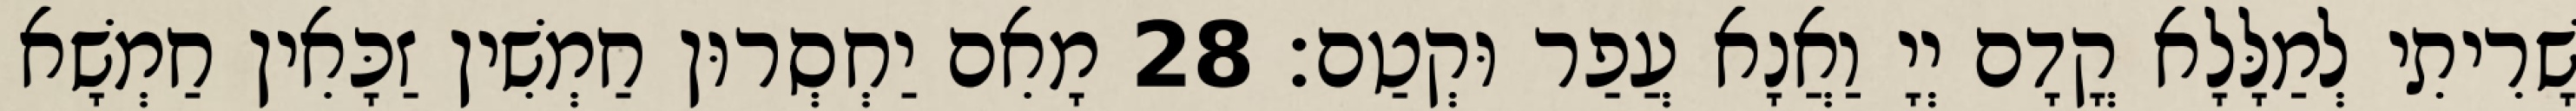
שָׁרִיתִי לְמַלָּלָא קֳדָם יְיָ וַאֲנָא עֲפַר וּקְטַם׃ 28 מָאִם יַחְסְרוּן חַמְשִׁין זַכָּאִין חַמְשָׁא